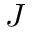
J